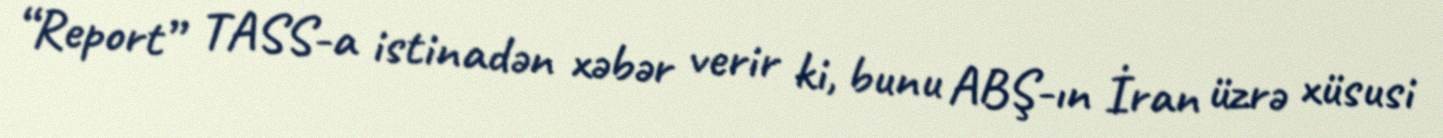
“Report” TASS-a istinadən xəbər verir ki, bunu ABŞ-ın İran üzrə xüsusi